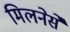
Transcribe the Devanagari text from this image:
मिलनेसे